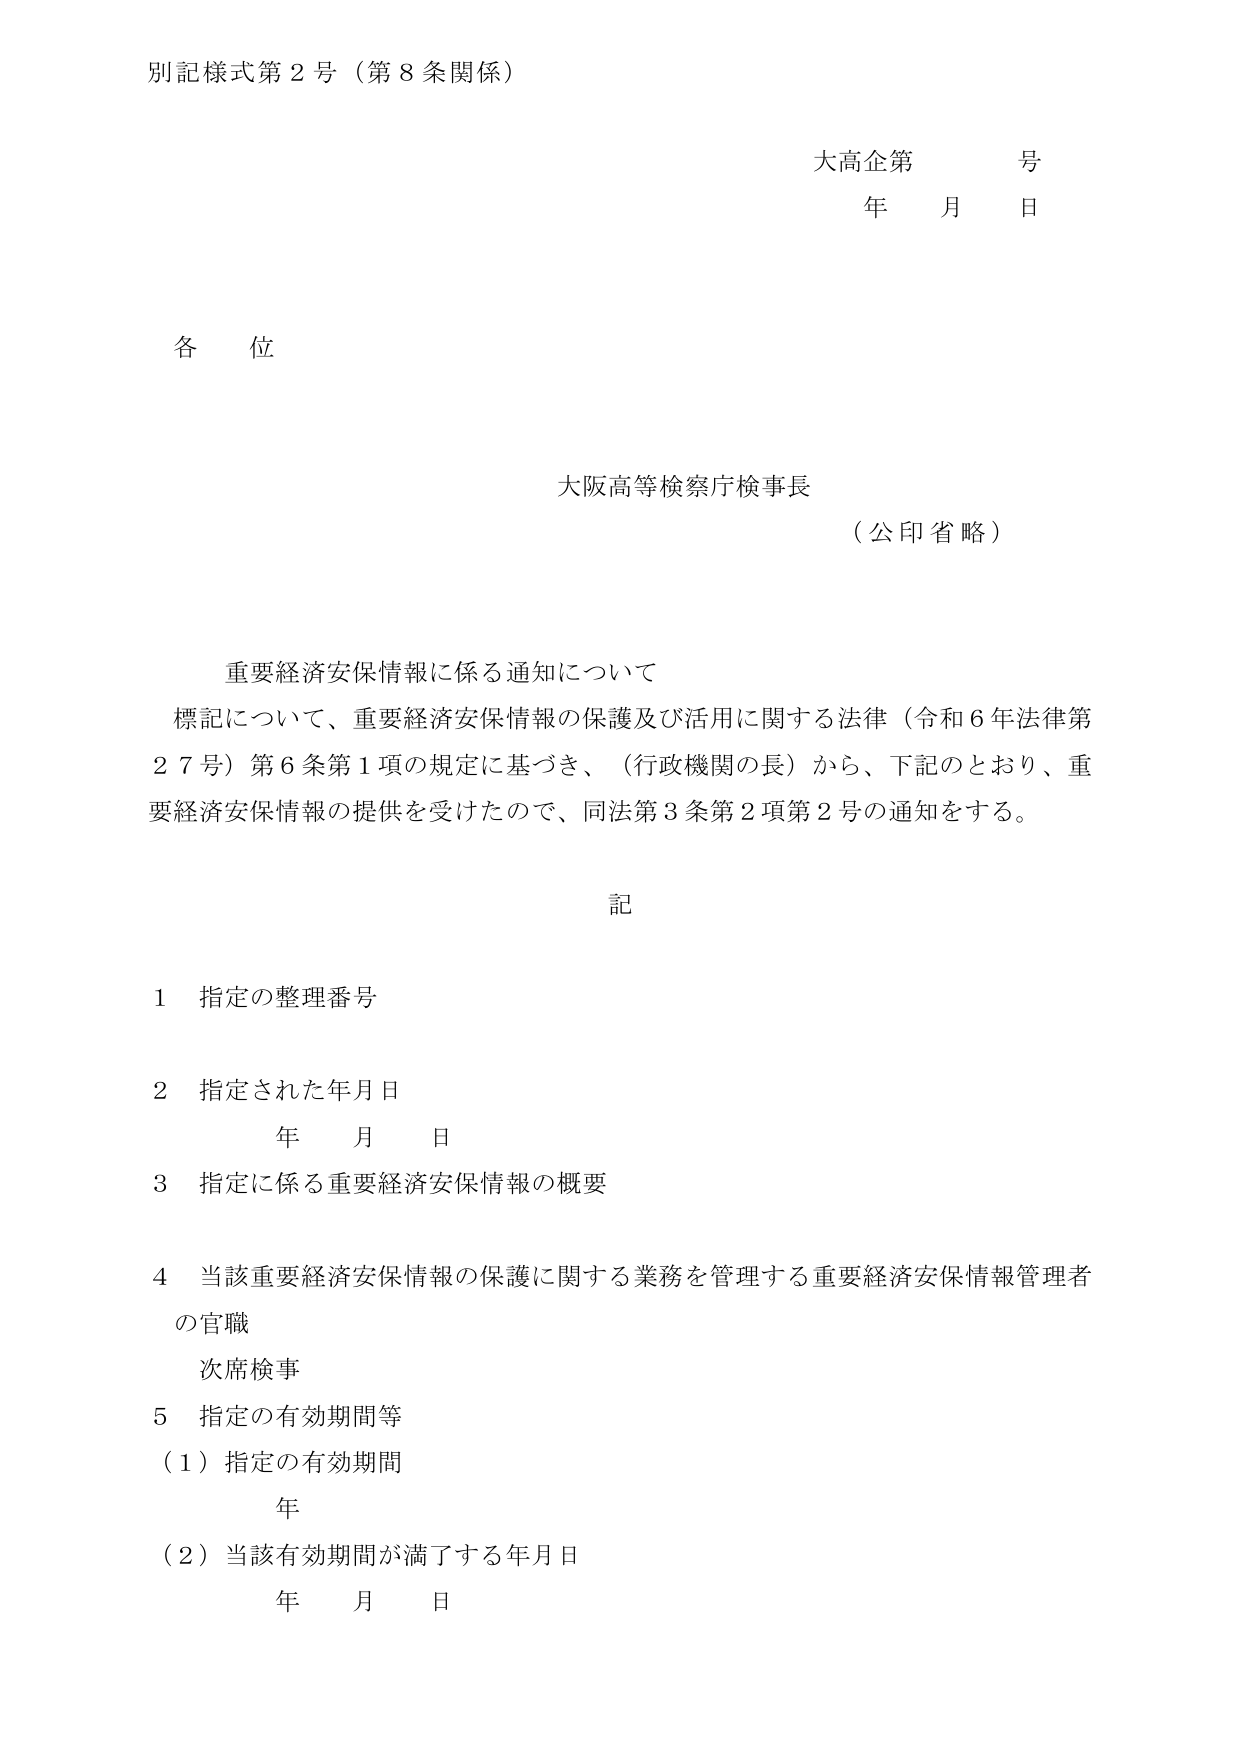
別記様式第２号（第８条関係）

大高企第　　号
年　　月　　日

各位

大阪高等検察庁検事長
（公印省略）

重要経済安保情報に係る通知について
標記について、重要経済安保情報の保護及び活用に関する法律（令和６年法律第２７号）第６条第１項の規定に基づき、（行政機関の長）から、下記のとおり、重要経済安保情報の提供を受けたので、同法第３条第２項第２号の通知をする。

記

１　指定の整理番号

２　指定された年月日
　　年　　月　　日

３　指定に係る重要経済安保情報の概要

４　当該重要経済安保情報の保護に関する業務を管理する重要経済安保情報管理者の官職
　　次席検事

５　指定の有効期間等
　　（１）指定の有効期間
　　　　年
　　（２）当該有効期間が満了する年月日
　　　　年　　月　　日